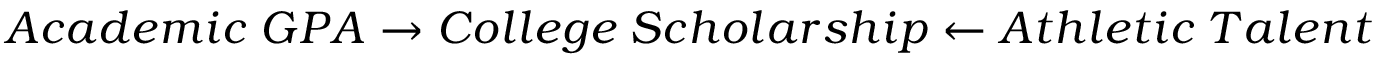
A c a d e m i c \; G P A \rightarrow C o l l e g e \; S c h o l a r s h i p \leftarrow A t h l e t i c \; T a l e n t